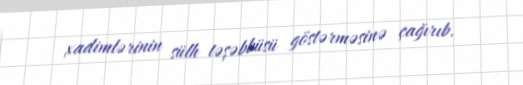
xadimlərinin sülh təşəbbüsü göstərməsinə çağırıb.